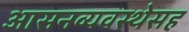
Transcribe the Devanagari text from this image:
आसनव्यवस्थेसह